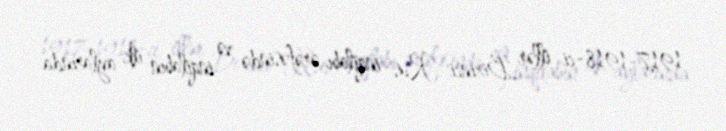
1917-1918-ci illər Birinci Rus inqilabı ərəfəsində və inqilabın ilk aylarında